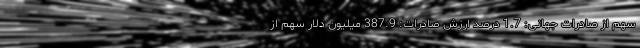
سهم از صادرات جهانی: 1.7 درصد ارزش صادرات: 387.9 میلیون دلار سهم از